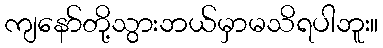
ကျနော်တို့သွားဘယ်မှာမသိရပါဘူး။